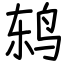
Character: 鸫